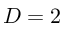
D = 2